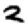
Digit: 2